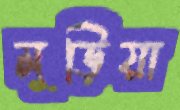
মুড়িয়া